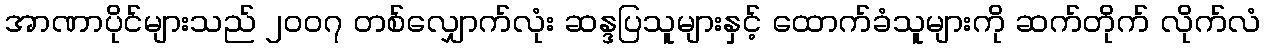
အာဏာပိုင်များသည် ၂၀၀၇ တစ်လျှောက်လုံး ဆန္ဒပြသူများနှင့် ထောက်ခံသူများကို ဆက်တိုက် လိုက်လံ